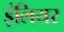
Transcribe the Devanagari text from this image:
इंलियर